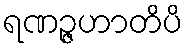
ရဏဉ္ဇဟာတိပိ